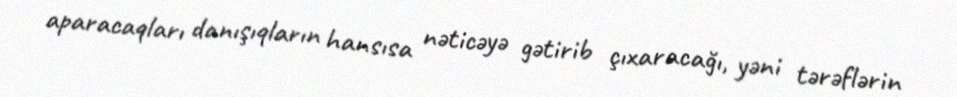
aparacaqları danışıqların hansısa nəticəyə gətirib çıxaracağı, yəni tərəflərin